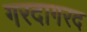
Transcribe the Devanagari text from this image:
गरदागरद